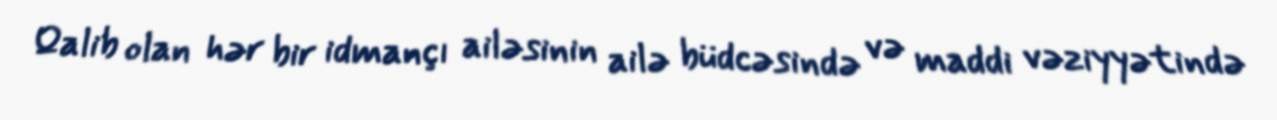
Qalib olan hər bir idmançı ailəsinin ailə büdcəsində və maddi vəziyyətində